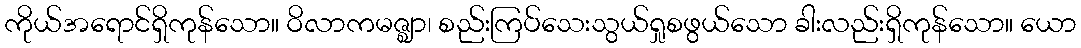
ကိုယ်အရောင်ရှိကုန်သော။ ဝိလာကမဇ္ဈာ၊ စည်းကြပ်သေးသွယ်ရှုစဖွယ်သော ခါးလည်းရှိကုန်သော။ ယော